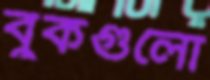
বুকগুলো